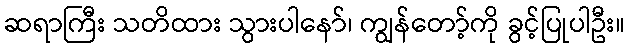
ဆရာကြီး သတိထား သွားပါနော်၊ ကျွန်တော့်ကို ခွင့်ပြုပါဦး။